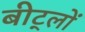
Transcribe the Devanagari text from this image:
बीट्लों